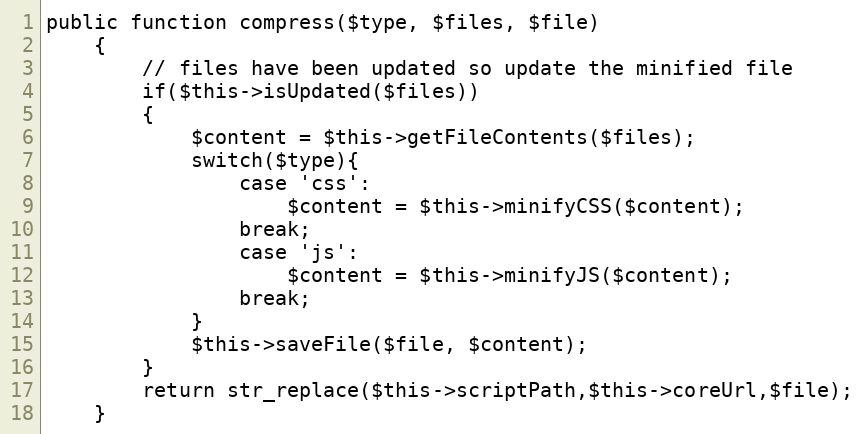
Language: PHP
public function compress($type, $files, $file)
	{
		// files have been updated so update the minified file
		if($this->isUpdated($files))
		{
			$content = $this->getFileContents($files);
			switch($type){
				case 'css':
					$content = $this->minifyCSS($content);
				break;
				case 'js':
					$content = $this->minifyJS($content);
				break;
			}
			$this->saveFile($file, $content);
		}
		return str_replace($this->scriptPath,$this->coreUrl,$file);
	}